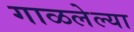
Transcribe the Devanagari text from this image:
गाळलेल्या